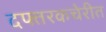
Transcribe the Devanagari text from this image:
दफ्तरकचेरीत